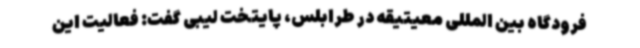
فرودگاه بین المللی معیتیقه در طرابلس، پایتخت لیبی گفت: فعالیت این